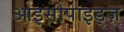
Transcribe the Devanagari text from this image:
आइसोपाइड्ज़